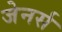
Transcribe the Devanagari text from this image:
जेनर्स